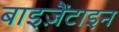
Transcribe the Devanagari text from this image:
बाइज़ैंटाइन